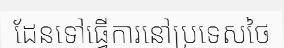
ដែនទៅធ្វើការនៅប្រទេសថៃ